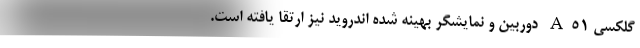
گلکسی A۵۱ دوربین و نمایشگر بهینه شده اندروید نیز ارتقا یافته است.